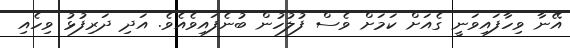
އޭނާ ވިހާފައިވަނީ ގެއަށް ކަމަށް ވެސް ފުލުހުން ބުނެފައިވެއެވެ. އަދި ދަރިފުޅު ވިހެއި